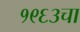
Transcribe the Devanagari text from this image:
१९६३चा